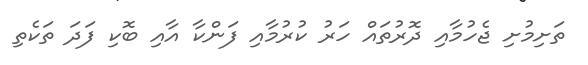
ތަށިމުށި ޖެހުމާއި ދޮރުތައް ހަރު ކުރުމާއި ފަންކާ އާއި ބޮކި ފަދަ ތަކެތި